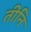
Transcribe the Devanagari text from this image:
तीनि